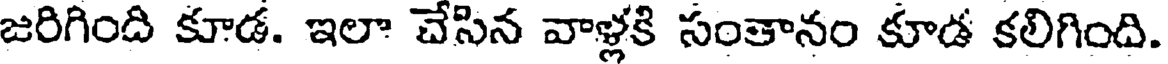
జరిగింది కూడ. ఇలా చేసిన వాళ్లకి సంతానం కూడ కలిగింది.